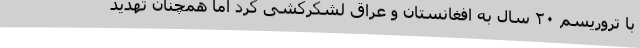
با تروریسم ۲۰ سال به افغانستان و عراق لشکرکشی کرد اما همچنان تهدید